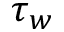
\tau _ { w }